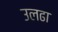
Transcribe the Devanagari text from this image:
उलढा